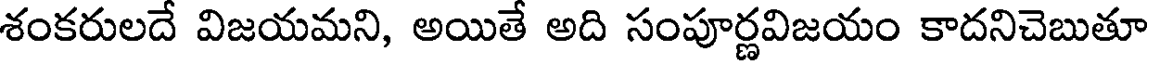
శంకరులదే విజయమని, అయితే అది సంపూర్ణవిజయం కాదనిచెబుతూ